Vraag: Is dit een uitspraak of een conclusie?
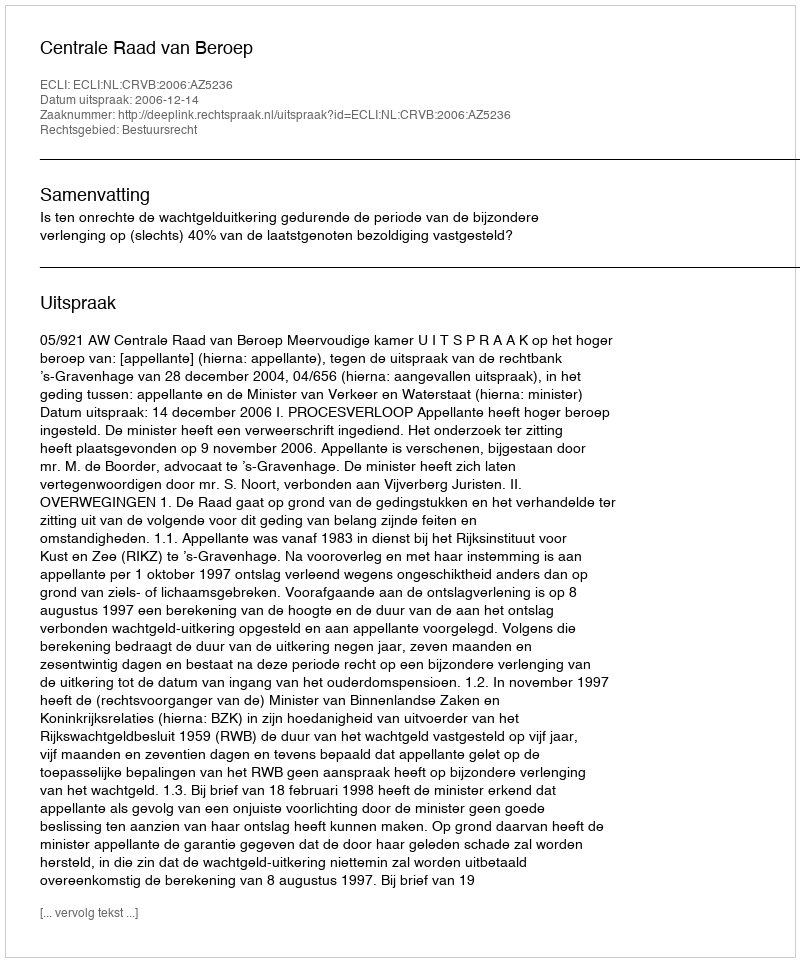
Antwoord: Uitspraak